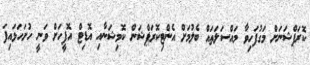
ކޮރަޕްޝަނަށް މަގުފަހިވާ މައްސަލަތައް ބެލުމަށް އެންޓިކޮރަޕްޝަން ކޮމިޝަނާއި އޮޑިޓް އޮފީހަށް ވަނީ ހުށަހަޅައިފަ